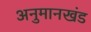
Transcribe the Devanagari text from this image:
अनुमानखंड